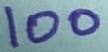
Text: 100